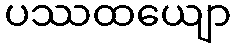
ပဿထယျော